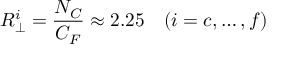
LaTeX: R _ { \perp } ^ { i } = \frac { N _ { C } } { C _ { F } } \approx 2 . 2 5 \quad ( i = c , \dots , f )